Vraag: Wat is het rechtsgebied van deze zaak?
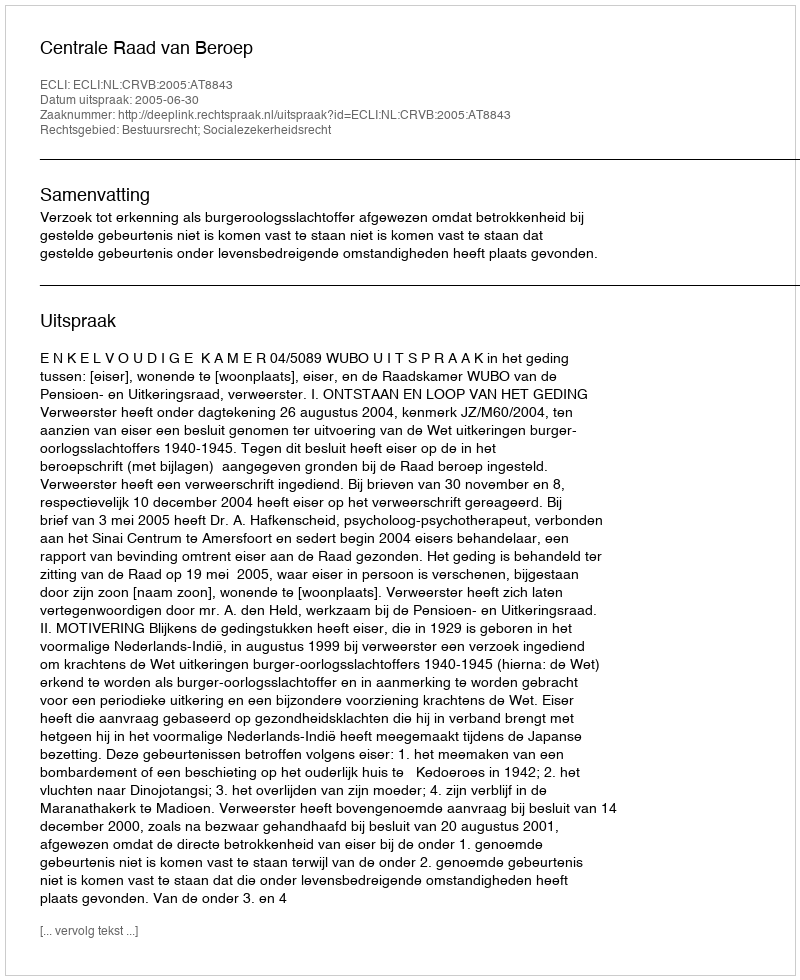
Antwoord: Bestuursrecht; Socialezekerheidsrecht